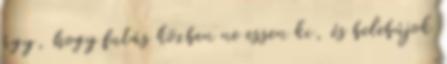
úgy, hogy futás közben ne essen ki, és belebújok